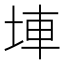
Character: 𡌄